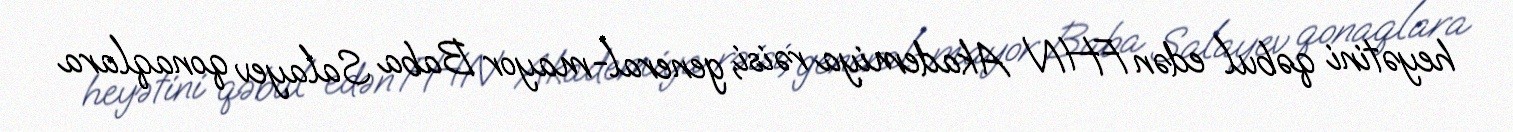
heyətini qəbul edən FHN Akademiya rəisi, general-mayor Baba Salayev qonaqlara